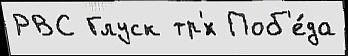
РВС Глуск тр'́х Поб'е́да